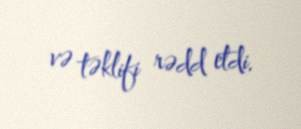
və təklifi rədd etdi.